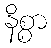
နိစ္စာ